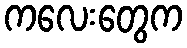
ကလေးတွေက